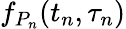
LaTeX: f_{P_{n}}(t_{n},\tau_{n})